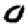
Digit: 0